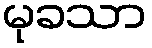
မုခသာ